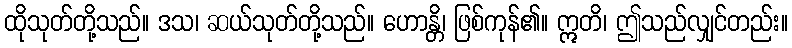
ထိုသုတ်တို့သည်။ ဒသ၊ ဆယ်သုတ်တို့သည်။ ဟောန္တိ၊ ဖြစ်ကုန်၏။ ဣတိ၊ ဤသည်လျှင်တည်း။